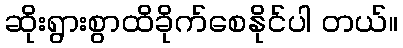
ဆိုးရွားစွာထိခိုက်စေနိုင်ပါ တယ်။